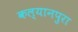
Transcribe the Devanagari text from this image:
कल्यानपुरा